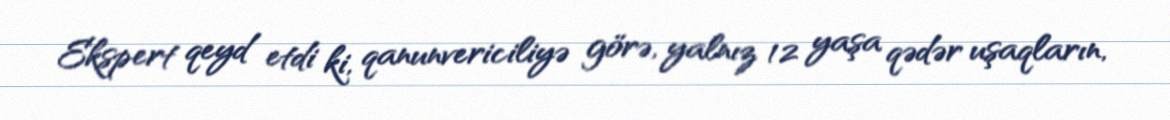
Ekspert qeyd etdi ki, qanunvericiliyə görə, yalnız 12 yaşa qədər uşaqların,